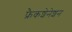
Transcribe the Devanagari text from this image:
फ्रैकशेनेशन